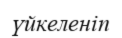
үйкеленіп